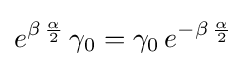
e^{\beta \,{\frac {\alpha }{2}}}\,\gamma _{0}=\gamma _{0}\,e^{-\beta \,{\frac {\alpha }{2}}}